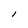
Character: l